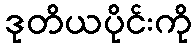
ဒုတိယပိုင်းကို